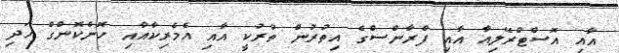
އާއި އޮސްޓްރޭލިއާ އާއި ފްރާންސްގެ އިތުރުން ތުރުކީ އާއި އެމެރިކާއާއި ހޮންކޮންގް އަދި